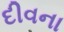
દીવના